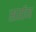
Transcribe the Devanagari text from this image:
सर्राज